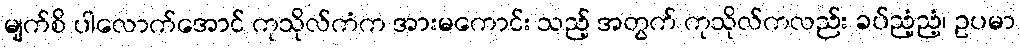
မျက်စိ ပါလောက်အောင် ကုသိုလ်ကံက အားမကောင်း သည့် အတွက် ကုသိုလ်ကလည်း ခပ်ညံ့ညံ့၊ ဥပမာ